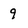
Character: 9